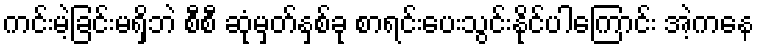
ကင်းမဲ့ခြင်းမရှိဘဲ စီစီ ဆုံမှတ်နှစ်ခု စာရင်းပေးသွင်းနိုင်ပါကြောင်း အဲ့ကနေ